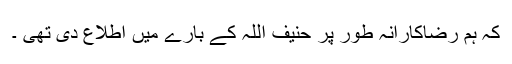
کہ ہم رضاکارانہ طور پر حنیف اللہ کے بارے میں اطلاع دی تھی ۔